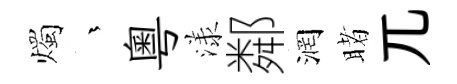
燭茫粵漾鄰润睹兀